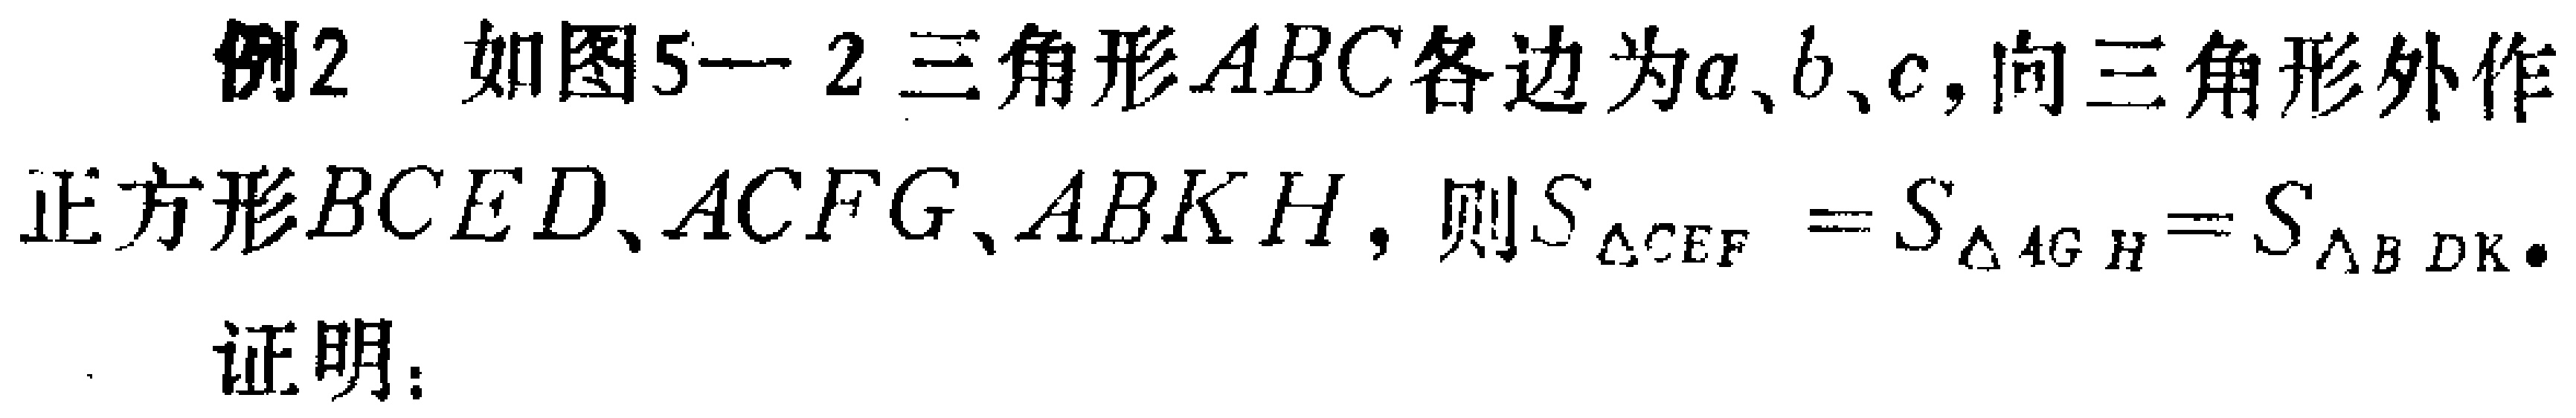
例2 如图5--2三角形\(ABC\)各边为\(a\)、\(b\)、\(c\)，向三角形外作正方形\(BCED\)、\(ACFG\)、\(ABKH\)，则\(S_{\triangle CEF}=S_{\triangle AGH}=S_{\triangle BDK}\)。

证明：